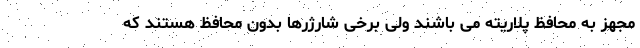
مجهز به محافظ پلاریته می باشند ولی برخی شارژرها بدون محافظ هستند که